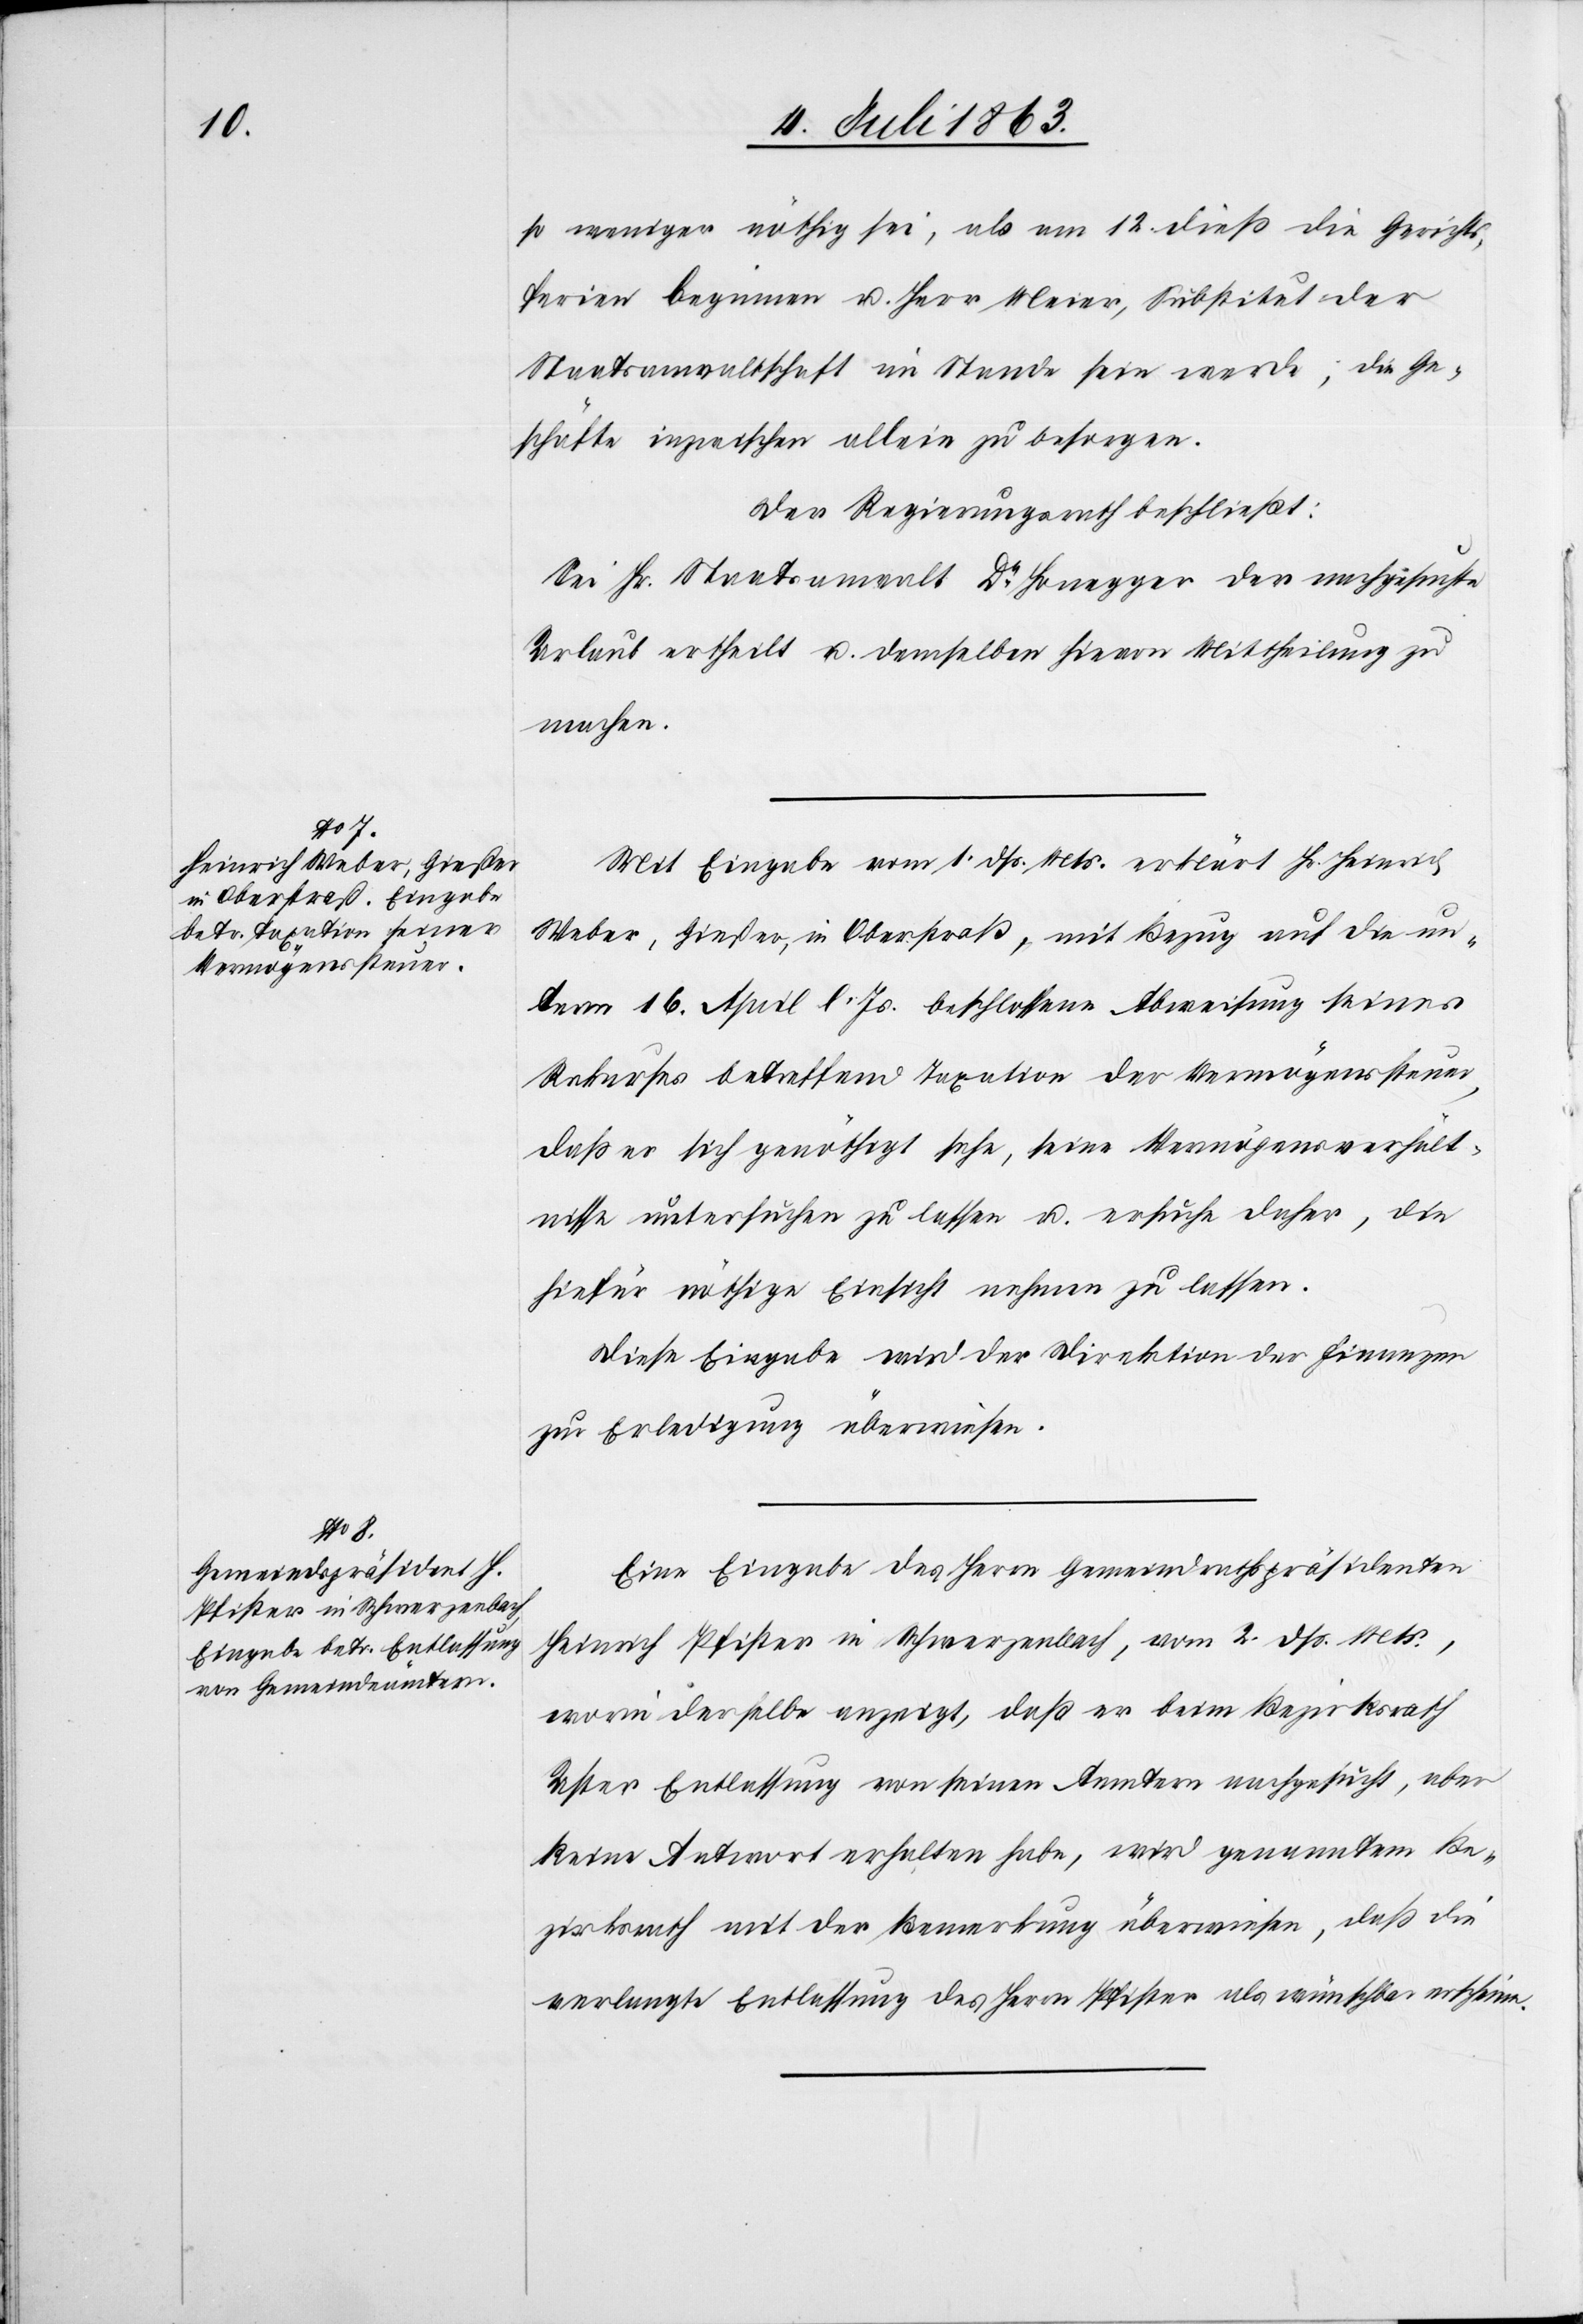
so weniger nöthig sei, als am 12. dieß die Gerichts¬
ferien beginnen u. Herr Meier, Substitut der
Staatsanwaltschaft im Stande sein werde, die Ge¬
schäfte inzwischen allein zu besorgen.
Der Regierungsrath beschließt:
Sei Hr. Staatsanwalt Dr Honegger der nachgesuchte
Urlaub ertheilt u. demselben hievon Mittheilung zu
machen.
Mit Eingabe vom 1. dß. Mts. erklärt Hr. Heinrich
Weber, Gießer, in Oberstraß, mit Bezug auf die un¬
term 16. April l. Js. beschlossene Abweisung seines
Rekurses betreffend Taxation der Vermögenssteuer,
daß er sich genöthigt sehe, seine Vermögensverhält¬
nisse untersuchen zu lassen u. ersuche daher, die
hiefür nöthige Einsicht nehmen zu lassen.
Diese Eingabe wird der Direktion der Finanzen
zur Erledigung überwiesen.
Eine Eingabe des Herrn Gemeindrathspräsidenten
Heinrich Pfister in Schwerzenbach, vom 2. dß. Mts.,
worin derselbe anzeigt, daß er beim Bezirksrath
Uster Entlassung von seinen Aemtern nachgesucht, aber
keine Antwort erhalten habe, wird genanntem Be¬
zirksrath mit der Bemerkung überwiesen, daß die
verlangte Entlassung des Herrn Pfister als wünschbar erscheine.